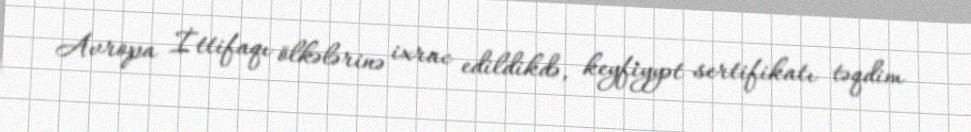
Avropa İttifaqı ölkələrinə ixrac edildikdə, keyfiyyət sertifikatı təqdim